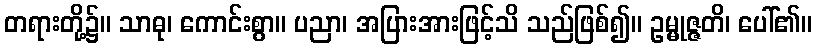
တရားတို့၌။ သာဓု၊ ကောင်းစွာ။ ပညာ၊ အပြားအားဖြင့်သိ သည်ဖြစ်၍။ ဥမ္မုဇ္ဇတိ၊ ပေါ်၏။